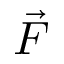
\vec { F }